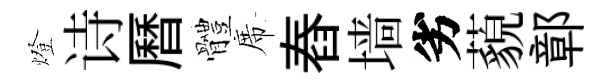
燈诗曆體席舂墙劣藐鄣